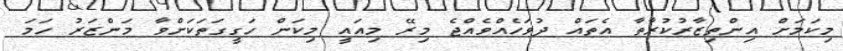
މިކަމަށް އިންތިޒާރުކުރާތާ އެތައް ދުވަހެއްވެއްޖެ މިރޭ މިއައީ މިކަން ހަގީގަތަކަށްވާ މަންޒަރު ހަަމަ